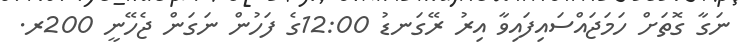
ނަގާ ގޮތަށް ހަމަޖައްސައިފައިވާ އިރު ރޭގަނޑު 12:00ގެ ފަހުން ނަގަން ޖެހޭނީ 200ރ.